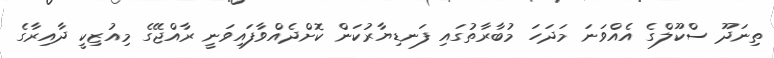
ތިނަދޫ ސްކޫލްގެ އެއްވަނަ މަދަހަ މުބާރާތުގައި ފަނޑިޔާރުކަން ކޮށްދެއްވާފައިވަނީ ރާއްޖޭގެ މިއުޒިކީ ދާއިރާގެ